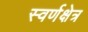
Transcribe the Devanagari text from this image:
स्वर्णक्षेत्र